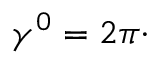
\gamma ^ { 0 } = 2 \pi \cdot